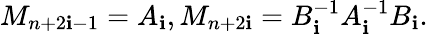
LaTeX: M_{n+2\mathbf{i}-1}=A_{\mathbf{i}},M_{n+2\mathbf{i}}=B_{\mathbf{i}}^{-1}A_{\mathbf{i}}^{-1}B_{\mathbf{i}}.